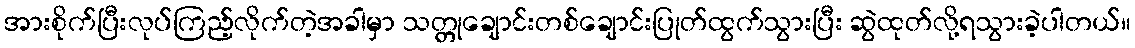
အားစိုက်ပြီးလုပ်ကြည့်လိုက်တဲ့အခါမှာ သတ္တုချောင်းတစ်ချောင်းပြုတ်ထွက်သွားပြီး ဆွဲထုတ်လို့ရသွားခဲ့ပါတယ်။